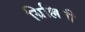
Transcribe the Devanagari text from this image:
ग्रिल्लिनी